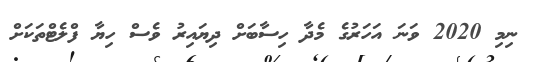
ނިމި 2020 ވަނަ އަހަރުގެ މެދާ ހިސާބަށް ދިޔައިރު ވެސް ހިޔާ ފްލެޓްތަކަށް